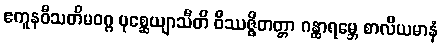
ဧကူနဝီသတိမဝဂ္ဂ ပုစ္ဆေယျာသီတိ ဝိဿဇ္ဇိတတ္တာ ဂန္ထာရမ္ဘေ စာလိယမာနံ